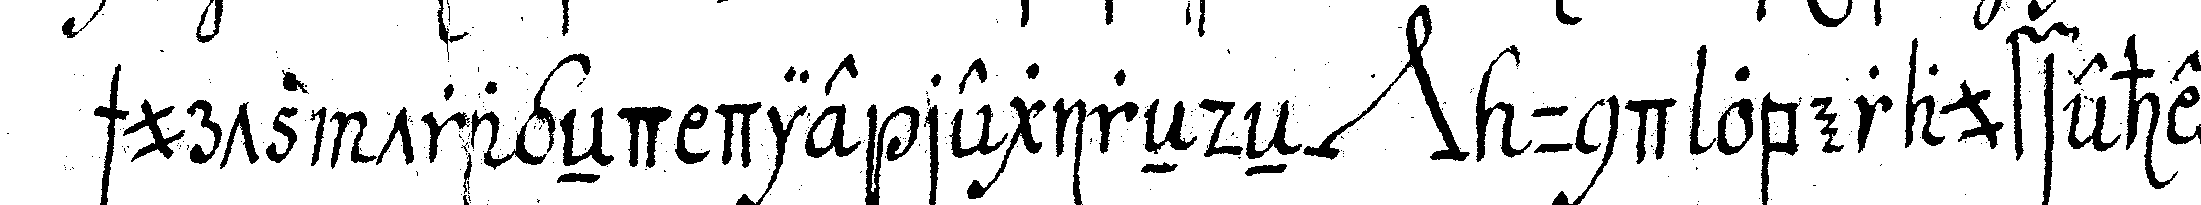
schurtz trageNd die regireNdeN *nee* und oberaufseher